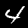
Digit: 4